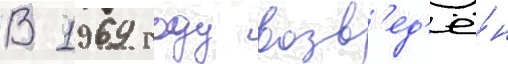
В 1969 году возв'ед'ё́н